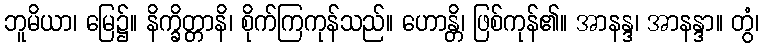
ဘူမိယာ၊ မြေ၌။ နိက္ခိတ္တာနိ၊ စိုက်ကြကုန်သည်။ ဟောန္တိ၊ ဖြစ်ကုန်၏။ အာနန္ဒ၊ အာနန္ဒာ။ တွံ၊